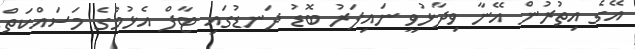
އޭގެ އިތުރުން އޭނާ ވިދާޅުވީ ނައިފަރު ބޮޑު ދަނޑުގައި ޓާފް އެޅުމުގެ މަސައްކަތް